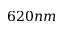
6 2 0 n m